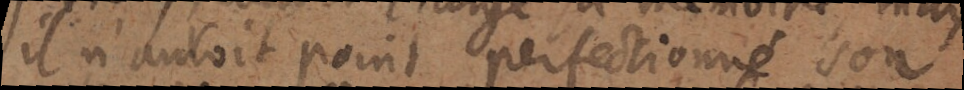
il n’auroit point perfectionné son